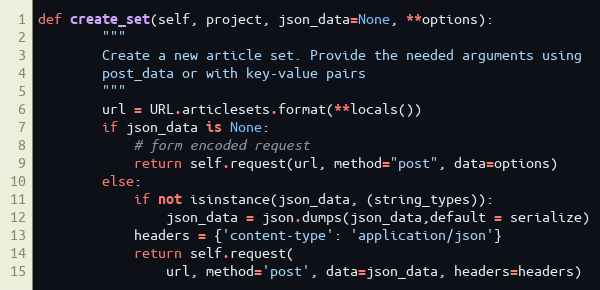
Language: Python
def create_set(self, project, json_data=None, **options):
        """
        Create a new article set. Provide the needed arguments using
        post_data or with key-value pairs
        """
        url = URL.articlesets.format(**locals())
        if json_data is None:
            # form encoded request
            return self.request(url, method="post", data=options)
        else:
            if not isinstance(json_data, (string_types)):
                json_data = json.dumps(json_data,default = serialize)
            headers = {'content-type': 'application/json'}
            return self.request(
                url, method='post', data=json_data, headers=headers)